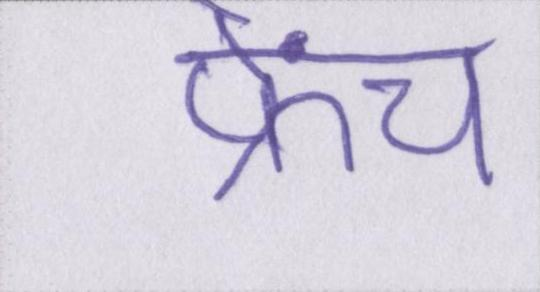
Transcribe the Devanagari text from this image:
फ्रेंच